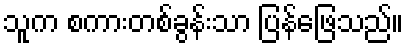
သူက စကားတစ်ခွန်းသာ ပြန်ဖြေသည်။